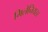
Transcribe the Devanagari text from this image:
मिलेनियरर